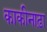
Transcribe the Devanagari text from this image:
काकीनाढ़ा